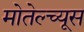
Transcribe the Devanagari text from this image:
मोतेल्च्यूस